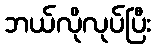
ဘယ်လိုလုပ်ပြီး